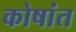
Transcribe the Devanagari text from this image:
कोषांत